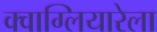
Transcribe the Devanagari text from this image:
क्वाग्लियारेला